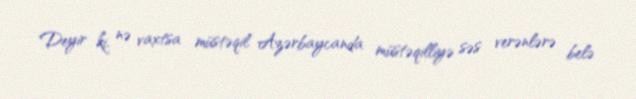
Deyir ki, nə vaxtsa müstəqil Azərbaycanda müstəqilliyə səs verənlərə belə